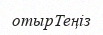
отырТеңіз